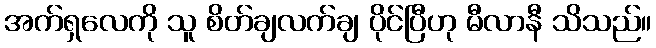
အက်ရှလေကို သူ စိတ်ချလက်ချ ပိုင်ပြီဟု မီလာနီ သိသည်။